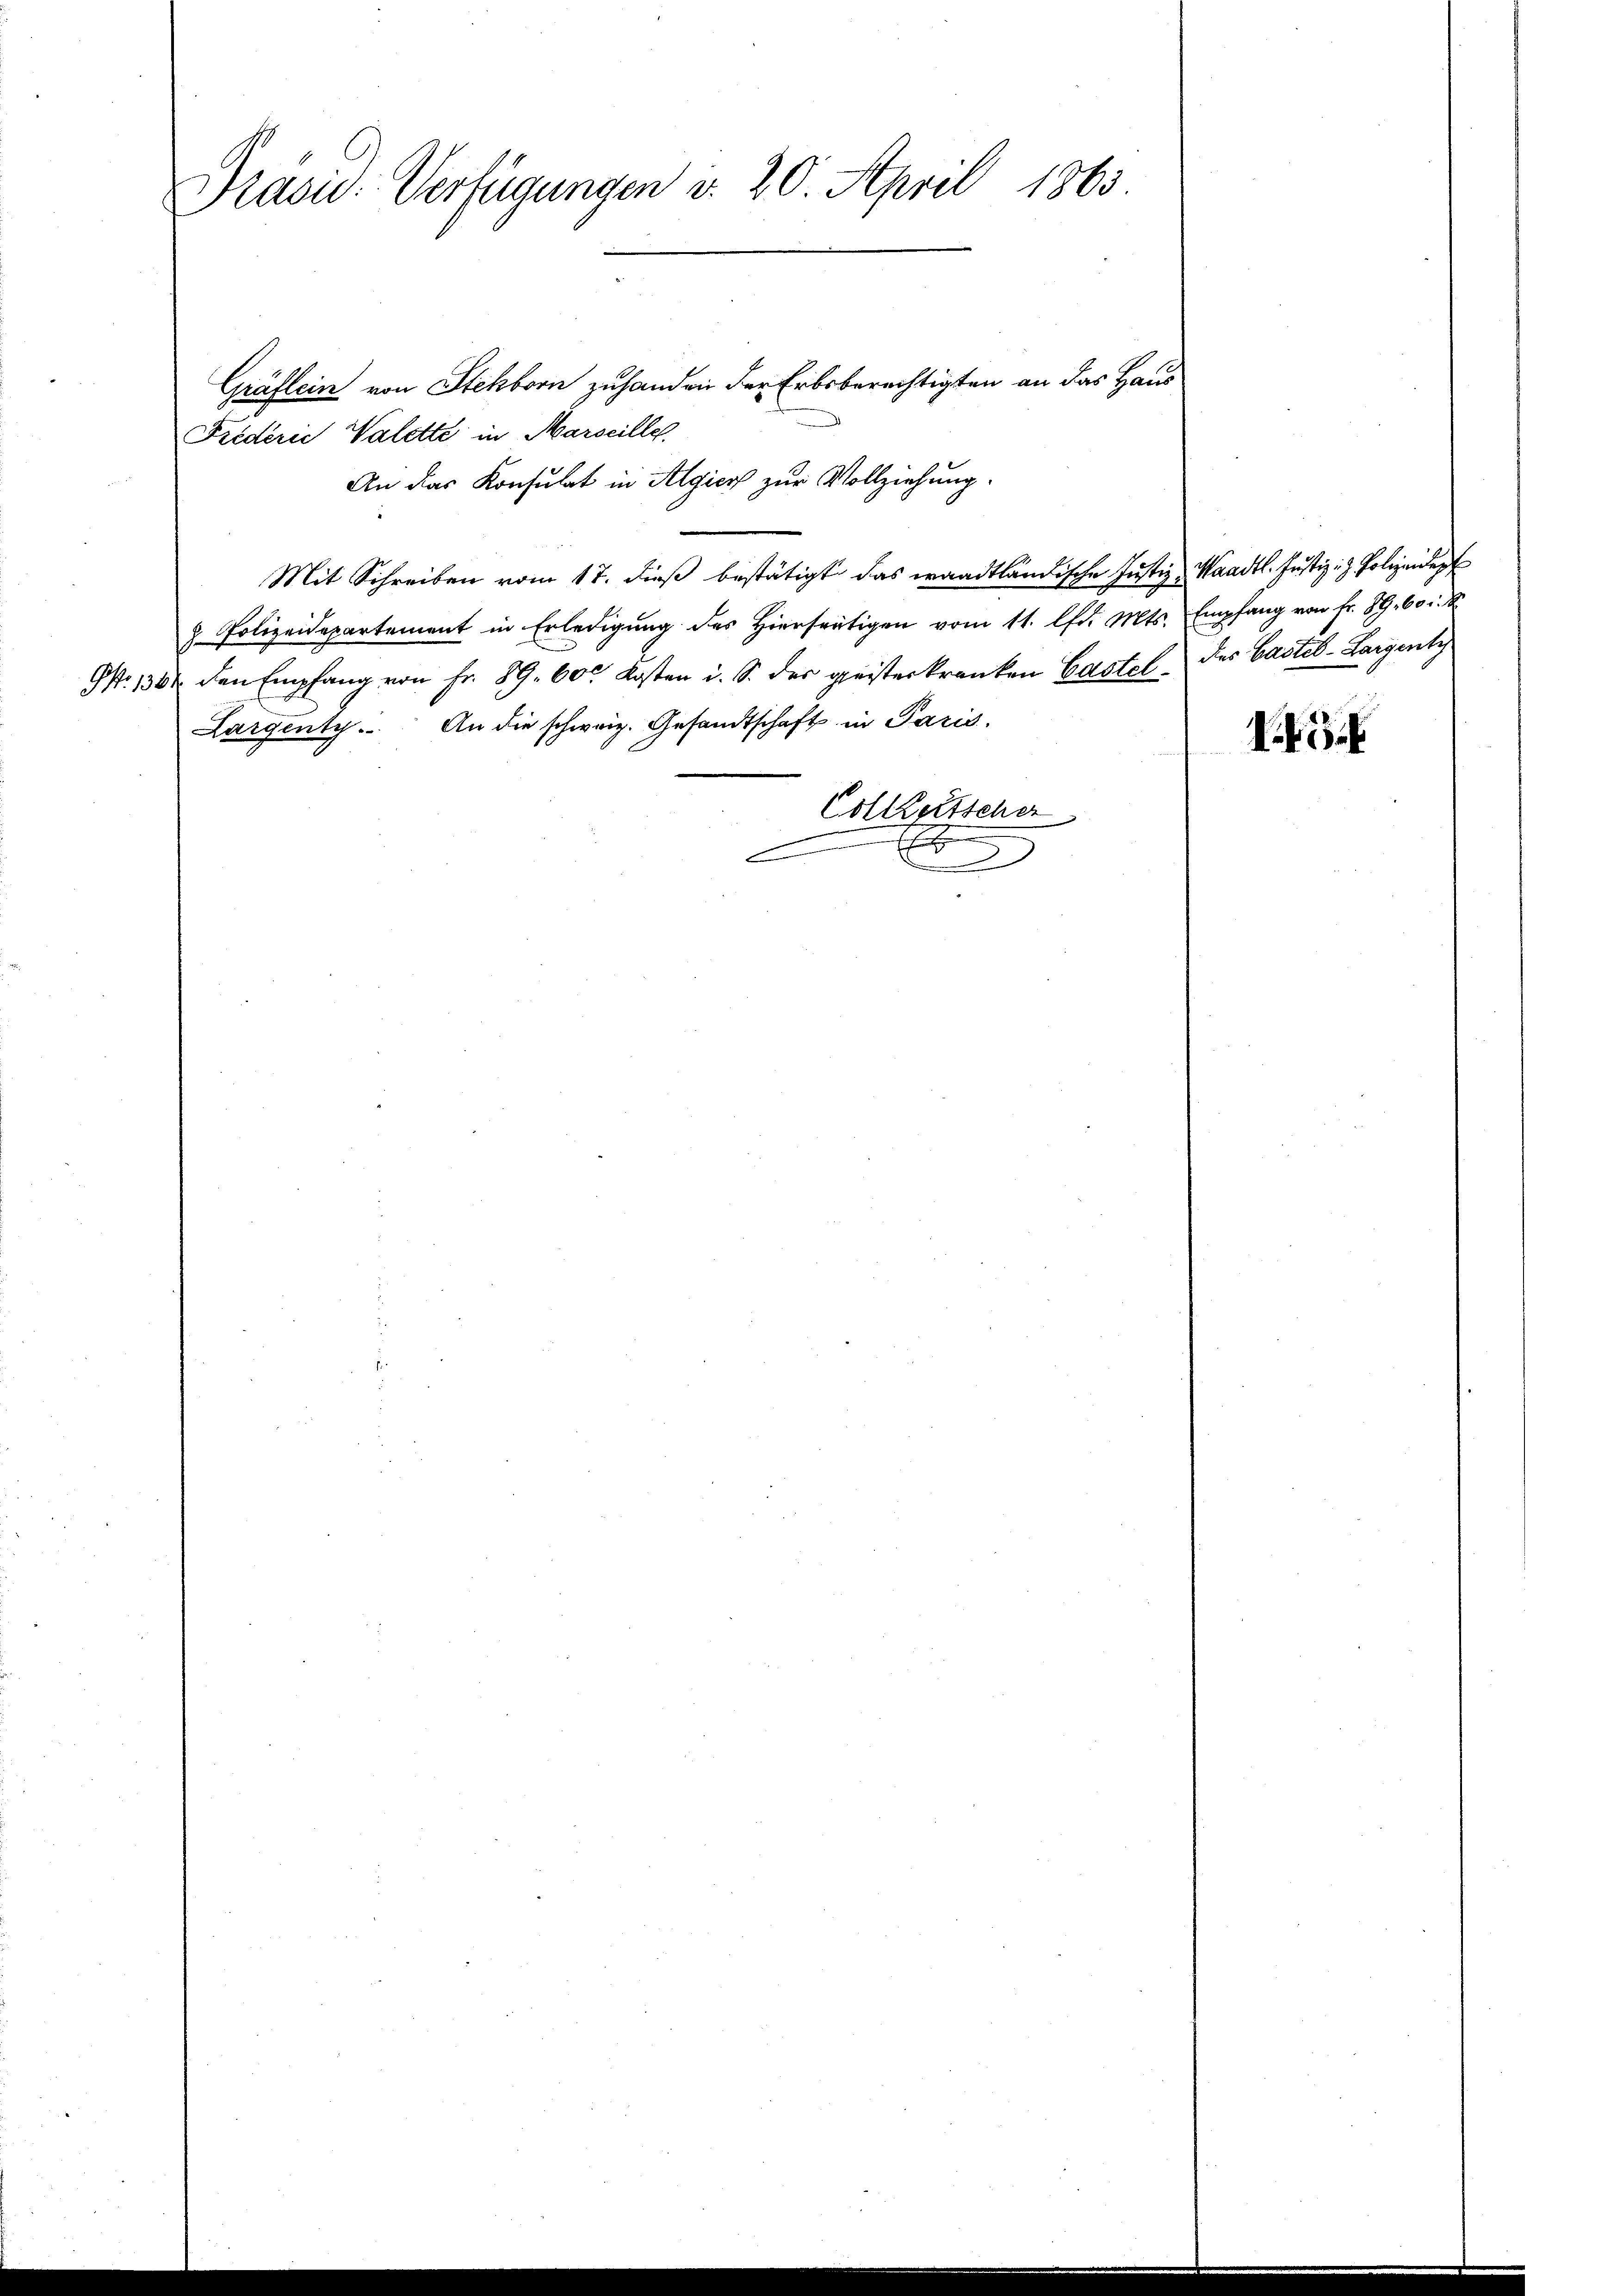
Prasic: Verfügungen v. 20. April 1863

Gräflein von Steckborn zuhanden der Erbsberechtigten an das Haus
Friederie Valette in Marseille
An das Konsulat in Algier zur Vollziehung.
.
Mit Schreiben vom 17. dieß bestätigt das waadtländische Justiz-Waadt. Justiz- & Polizeidep
& Polizeidepartement in Erledigung des hierseitigen vom 11. lfd. Mts. Empfang von fr. 89. 60 u.
G. 1364 den Empfang von Fr. 89. 60 Kosten u. S. der geisterkranken Castel der Castel-Largent
Largenty. An die schweiz. Gesandtschaft in Paris,
Collegetscher
n
.
.

I